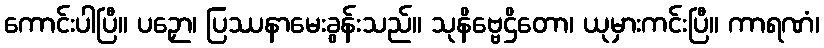
ကောင်းပါပြီ။ ပဉှော၊ ပြဿနာမေးခွန်းသည်။ သုနိဗ္ဗေဌိတော၊ ယုမှားကင်းပြီ။ ကာရဏံ၊